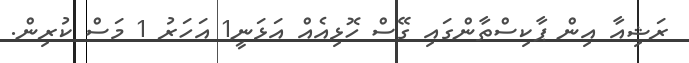
ރަޝިއާ އިން ޕާކިސްތާންގައި ގޭސް ހޮޅިއެއް އަޅަނީ1 އަހަރު 1 މަސް ކުރިން.